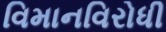
વિમાનવિરોધી